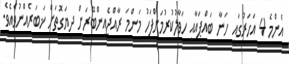
އެންމެ 4 އަހަރުގައި ހަނާ ބައްޕައާއި ހަވާލުކުރުމަށްފަހު މަންމަ ރާއްޖެއިންބޭރަށް ދިޔަގޮތަށް ޚަބަަރެއްނުވެއެވެ.